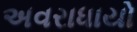
અવરાધાયો